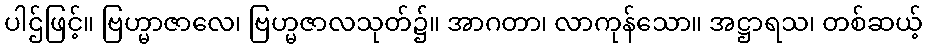
ပါဌ်ဖြင့်။ ဗြဟ္မာဇာလေ၊ ဗြဟ္မဇာလသုတ်၌။ အာဂတာ၊ လာကုန်သော။ အဋ္ဌာရသ၊ တစ်ဆယ့်